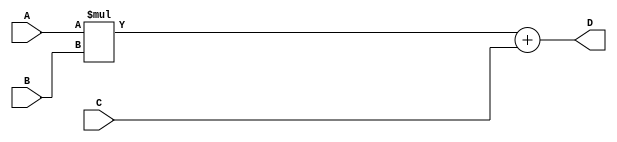
module FMA_unit (
    input wire [31:0] A,
    input wire [31:0] B,
    input wire [31:0] C,
    output reg [31:0] D
);

reg [63:0] mult_result;
reg [31:0] add_result;

// Multiplication block
always @*
begin
    mult_result = A * B;
end

// Addition block
always @*
begin
    add_result = mult_result[31:0] + C;
end

// Output final result
always @*
begin
    D = add_result;
end

endmodule